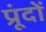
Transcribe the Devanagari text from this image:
प्रूंदों